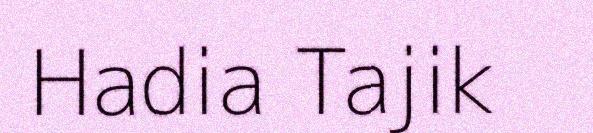
Hadia Tajik